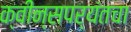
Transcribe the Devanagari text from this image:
क्वीन्सपर्यंतचा